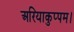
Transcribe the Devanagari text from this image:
अरियाकुप्पम।